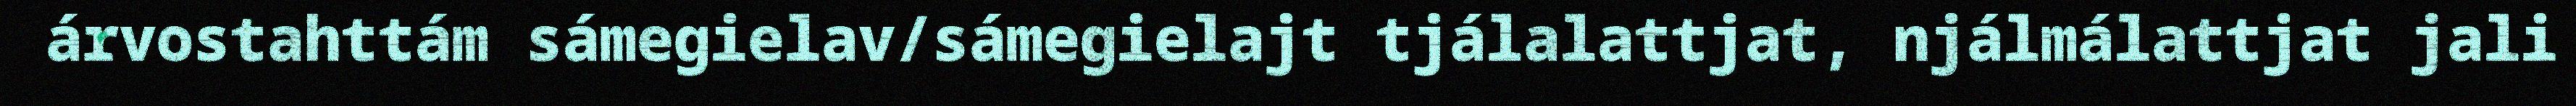
árvostahttám sámegielav/sámegielajt tjálalattjat, njálmálattjat jali